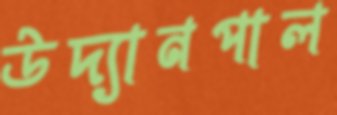
উদ্যানপাল